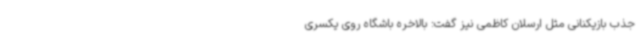
جذب بازیکنانی مثل ارسلان کاظمی نیز گفت: بالاخره باشگاه روی یکسری